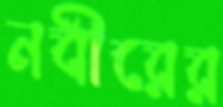
নবীরের